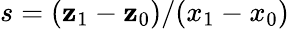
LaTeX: s=(\mathbf{z}_{1}-\mathbf{z}_{0})/(x_{1}-x_{0})